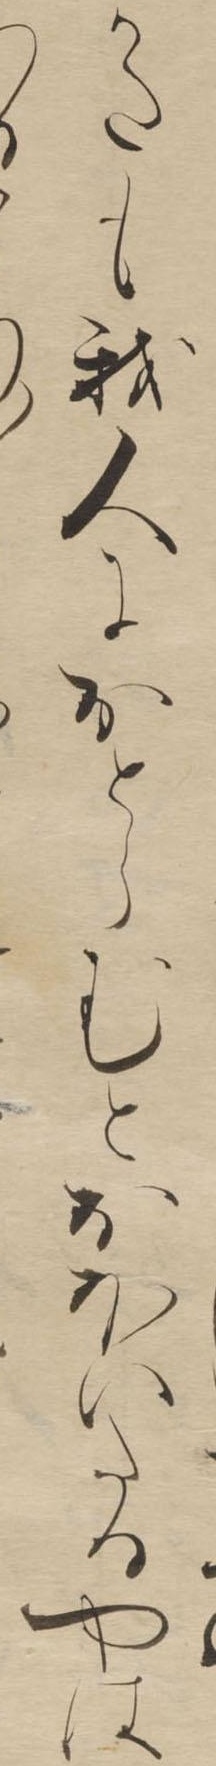
かたも我人におとらむとおほいたるやは〱